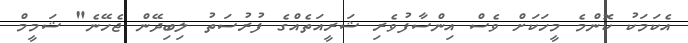
އެކަމަކު ކޮންމެ މީހަކަށް ވެސް އިންސާފުވެރި ޝަރީއަތެއްގެ ފުރުސަތު ލިބިދޭން ޖެހޭނެ" ޝަމީމް